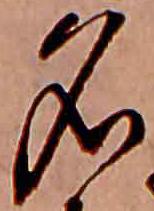
名